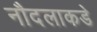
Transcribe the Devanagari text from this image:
नौदलाकडे